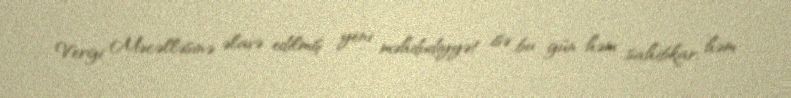
Vergi Məcəlləsinə əlavə edilmiş yeni məhdudiyyət isə bu gün həm sahibkar, həm